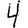
Digit: 4